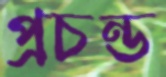
প্রচন্ড